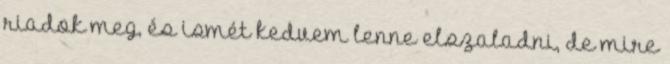
riadok meg, és ismét kedvem lenne elszaladni, de mire